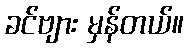
ခင်ဗျား မှန်တယ်။